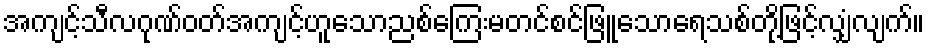
အကျင့်သီလဂုဏ်ဝတ်အကျင့်ဟူသောညစ်ကြေးမတင်စင်ဖြူသောရေသစ်တို့ဖြင့်လျှံလျက်။